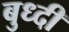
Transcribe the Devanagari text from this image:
बुध्‍दी